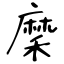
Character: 穈